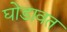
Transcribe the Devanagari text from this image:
घोडावत